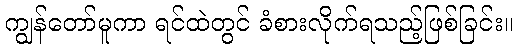
ကျွန်တော်မူကာ ရင်ထဲတွင် ခံစားလိုက်ရသည့်ဖြစ်ခြင်း။